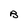
Character: B